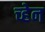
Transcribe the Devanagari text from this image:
च्हेन